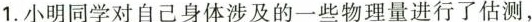
1.小明同学对自己身体涉及的一些物理量进行了估测，